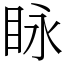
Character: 眿